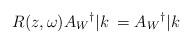
LaTeX: \begin{align*}R(z,\omega)A_W{}^{\dag}|k\> = A_W{}^{\dag}|k\>\end{align*}